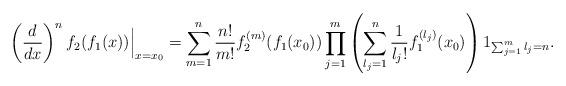
LaTeX: \begin{align*}\left(\frac{d}{dx}\right)^nf_2(f_1(x))\Big|_{x=x_0}=\sum_{m=1}^n\frac{n!}{m!}f_2^{(m)}(f_1(x_0))\prod_{j=1}^m\left(\sum_{l_j=1}^n\frac{1}{l_j!}f_1^{(l_j)}(x_0)\right)1_{\sum_{j=1}^ml_j=n}.\end{align*}